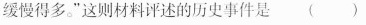
缓慢得多。”这则材料评述的历史事件是( )